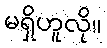
မရှိဟူလို။